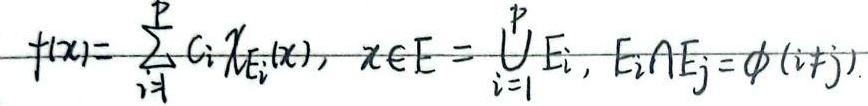
设\(f(x)=\sum_{i = 1}^{p} c_{i} \chi_{E_{i}}(x)\)，其中\(x\in E=\bigcup_{i = 1}^{p} E_{i}\)，且\(E_{i}\cap E_{j}=\varnothing(i\neq j)\)。